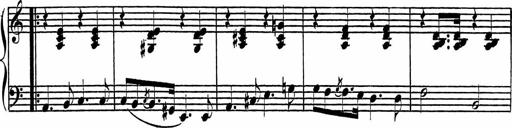
Title: Piano Sonatinas
Composer: Charles Fradel